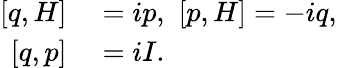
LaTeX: \begin{array}{rl}{[q,H]}&{{}=ip,\thinspace\thinspace[p,H]=-iq,}\\ {{}[q,p]}&{{}=iI.}\end{array}